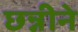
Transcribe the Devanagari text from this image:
छन्नीने